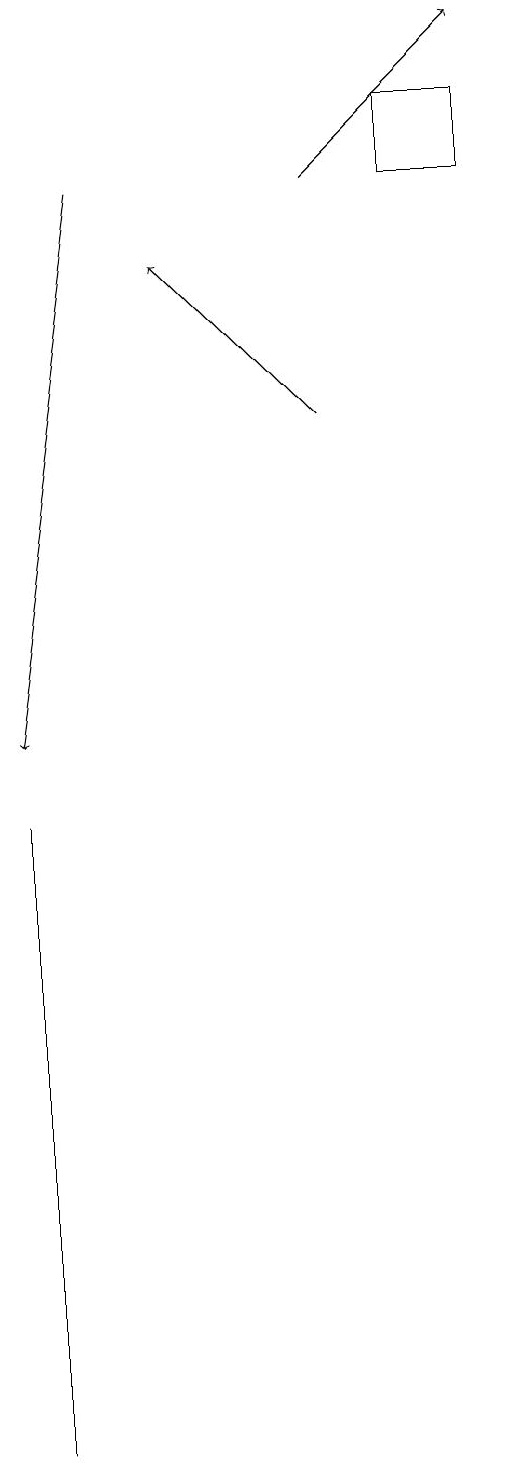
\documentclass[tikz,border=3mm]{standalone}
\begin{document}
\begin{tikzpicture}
\draw[->] (2,17) -- (1,10);
\draw[->] (5,14) -- (3,16);
\draw (1,4) -- (1,1) -- (1,9) -- cycle;
\draw (6,17) rectangle (7,18);
\draw[->] (5,17) -- (7,19);
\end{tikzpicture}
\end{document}